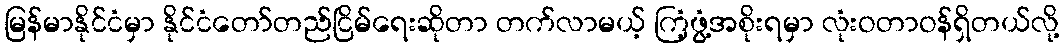
မြန်မာနိုင်ငံမှာ နိုင်ငံတော်တည်ငြိမ်ရေးဆိုတာ တက်လာမယ့် ကြံ့ဖွံ့အစိုးရမှာ လုံးဝတာဝန်ရှိတယ်လို့